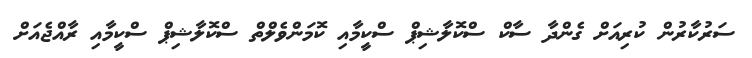
ސަރުކާރުން ކުރިއަށް ގެންދާ ސާކް ސްކޮލާޝިޕް ސްކީމާއި ކޮމަންވެލްތް ސްކޮލާޝިޕް ސްކީމާއި ރާއްޖެއަށް